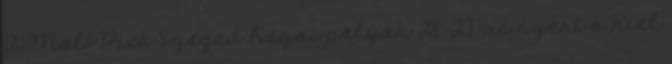
A Mol-Pick Szeged hazai pályán 28–27-re nyert a Kiel